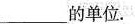
___的单位.